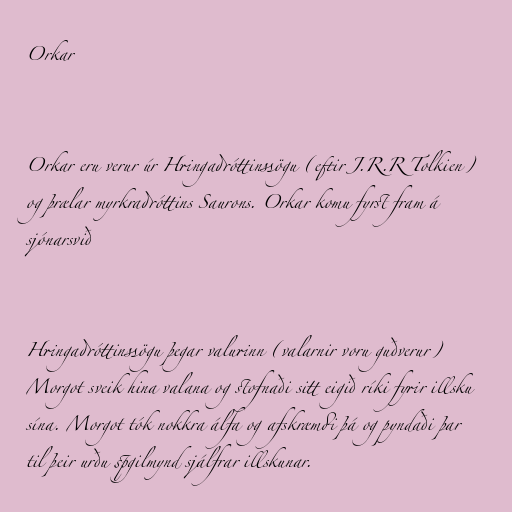
Orkar

Orkar eru verur úr Hringadróttinssögu (eftir J.R.R Tolkien)
og þrælar myrkradróttins Saurons. Orkar komu fyrst fram á
sjónarsvið

Hringadróttinssögu þegar valurinn (valarnir voru guðverur)
Morgot sveik hina valana og stofnaði sitt eigið ríki fyrir illsku
sína. Morgot tók nokkra álfa og afskræmdi þá og pyndaði þar
til þeir urðu spgilmynd sjálfrar illskunar.